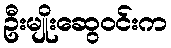
ဦးမျိုးဆွေဝင်းက